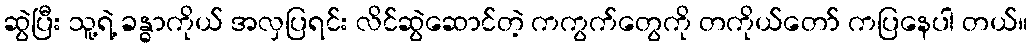
ဆွဲပြီး သူ့ရဲ့ ခန္ဓာကိုယ် အလှပြရင်း လိင်ဆွဲဆောင်တဲ့ ကကွက်တွေကို တကိုယ်တော် ကပြနေပါ တယ်။